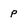
Character: p